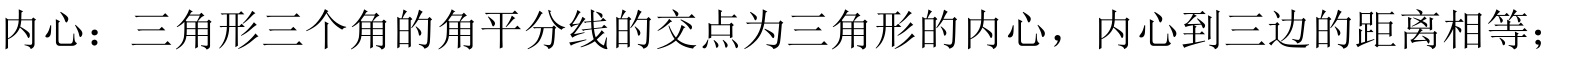
内心：三角形三个角的角平分线的交点为三角形的内心，内心到三边的距离相等；